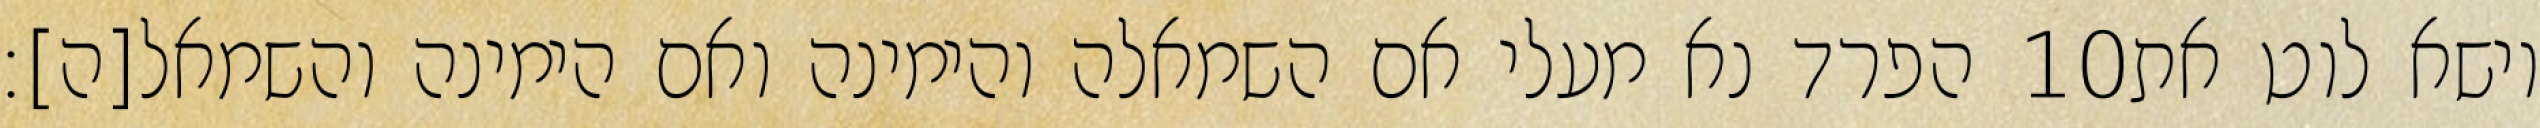
הפרד נא מעלי אם השמאלה והימינה ואם הימינה והשמאל[ה]׃ ‎10‏ וישא לוט את